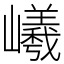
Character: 𡾞